Annual report of the Imperial Bacteriologist
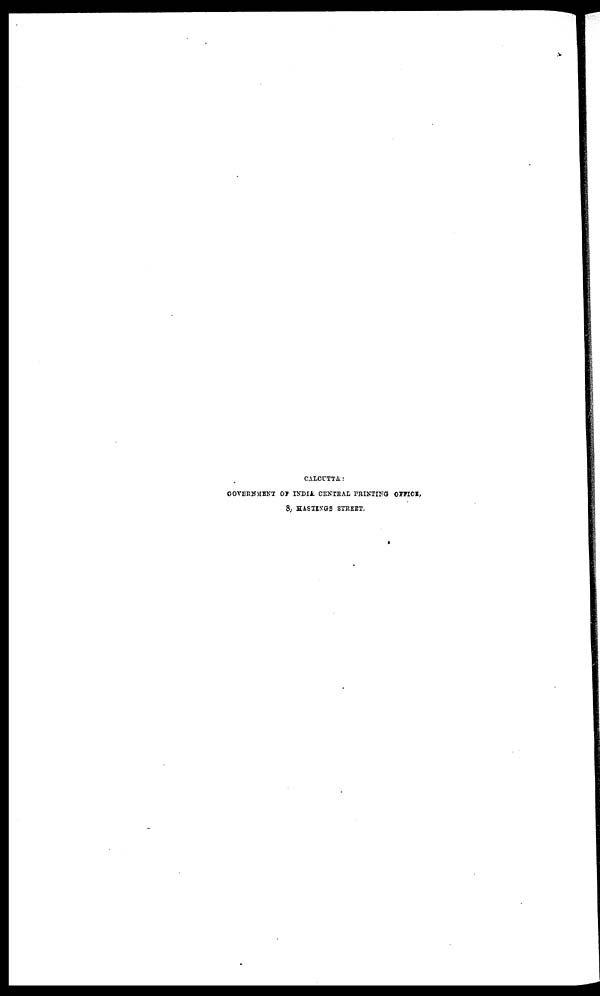
CALCUTTA:
GOVERNMENT OF INDIA CENTRAL PRINTING OFFICE,
8, HASTINGS STREET.